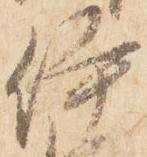
伊